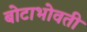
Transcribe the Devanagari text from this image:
बोटाभोवती